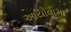
આયોવામા